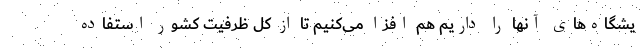
یشگاه‌های آنها را داریم هم افزا می‌کنیم تا از کل ظرفیت کشور استفاده